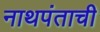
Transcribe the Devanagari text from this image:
नाथपंताची